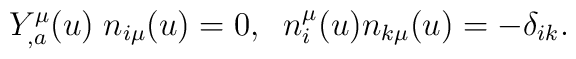
Y^{\mu}_{,a}(u) \; n_{i\mu}(u) =0, \;\; n_{i}^{\mu}(u) n_{k\mu}(u) = - \delta_{ik}.